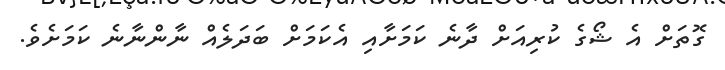
ގޮތަށް އެ ޝޯގެ ކުރިއަށް ދާނެ ކަމަށާއި އެކަމަށް ބަދަލެއް ނާންނާނެ ކަމަށެވެ.